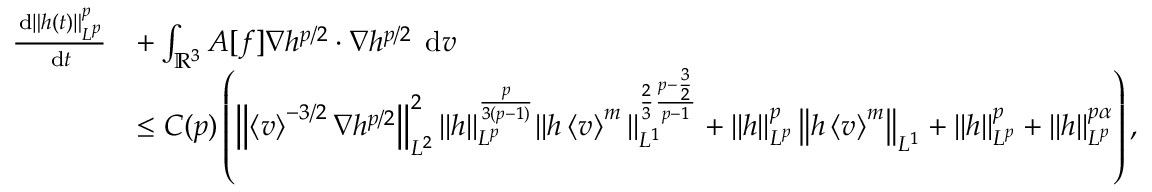
\begin{array} { r l } { \frac { \, \mathrm { d } \| h ( t ) \| _ { L ^ { p } } ^ { p } } { \, \mathrm { d } t } } & { + \int _ { \ensuremath { { \mathbb R } } ^ { 3 } } A [ f ] \nabla h ^ { p / 2 } \cdot \nabla h ^ { p / 2 } \; \, \mathrm { d } v } \\ & { \le C ( p ) \left( \left\| \left\langle v \right\rangle ^ { - 3 / 2 } \nabla h ^ { p / 2 } \right\| _ { L ^ { 2 } } ^ { 2 } \| h \| _ { L ^ { p } } ^ { \frac { p } { 3 ( p - 1 ) } } \| h \left\langle v \right\rangle ^ { m } \| _ { L ^ { 1 } } ^ { \frac { 2 } { 3 } \frac { p - \frac { 3 } { 2 } } { p - 1 } } + \left\| h \right\| _ { L ^ { p } } ^ { p } \left\| h \left\langle v \right\rangle ^ { m } \right\| _ { L ^ { 1 } } + \| h \| _ { L ^ { p } } ^ { p } + \| h \| _ { L ^ { p } } ^ { p \alpha } \right) , } \end{array}